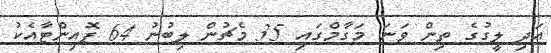
އަދި ލީގުގެ ތިން ވަނަ މަގާމްގައި 35 މެޗުން ލިބުނު 64 ޕޮއިންޓާއެކު